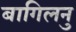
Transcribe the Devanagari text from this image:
बागिलनु